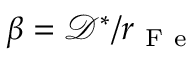
\beta = \mathcal { D } ^ { * } / r _ { \mathrm { ~ F ~ e ~ } }